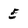
Character: E